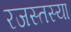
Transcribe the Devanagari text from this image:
रजस्तस्या